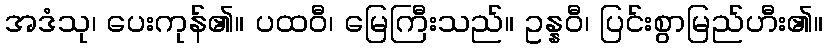
အဒံသု၊ ပေးကုန်၏။ ပထဝီ၊ မြေကြီးသည်။ ဥန္နဝီ၊ ပြင်းစွာမြည်ဟီး၏။